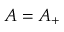
A = A _ { + }